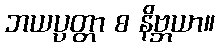
ဘယပ္ပတ္တာ စ နိဗ္ဘယာ။